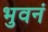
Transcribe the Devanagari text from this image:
भुवनं